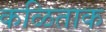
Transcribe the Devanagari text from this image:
कळिताक